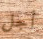
أجل